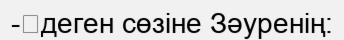
-	деген сөзіне Зәуренің: